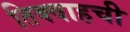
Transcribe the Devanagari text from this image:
तिक्वाहची